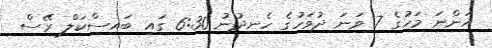
އަންނަ މަހުގެ 7 ވަނަ ދުވަހުގެ ހެނދުނު 6:30 ގައި ބައިސްކަލް ރޭސް